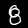
Digit: 8